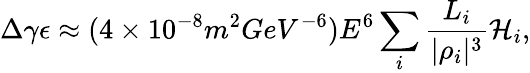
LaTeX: \Delta\gamma\epsilon\approx(4\times 10^{-8}m^{2}GeV^{-6})E^{6}\sum_{i}{\frac{L_{i}}{|\rho_{i}|^{3}}\mathcal{H}_{i}},